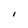
Character: I